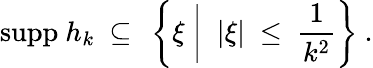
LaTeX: \mathrm{supp}\ h_{k}\ \subseteq\ \left\{ \xi\biggm|\ |\xi|\ \leq\ \frac{1}{k^{2}}\right\} \ .